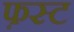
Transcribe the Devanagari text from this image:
फ़स्ट